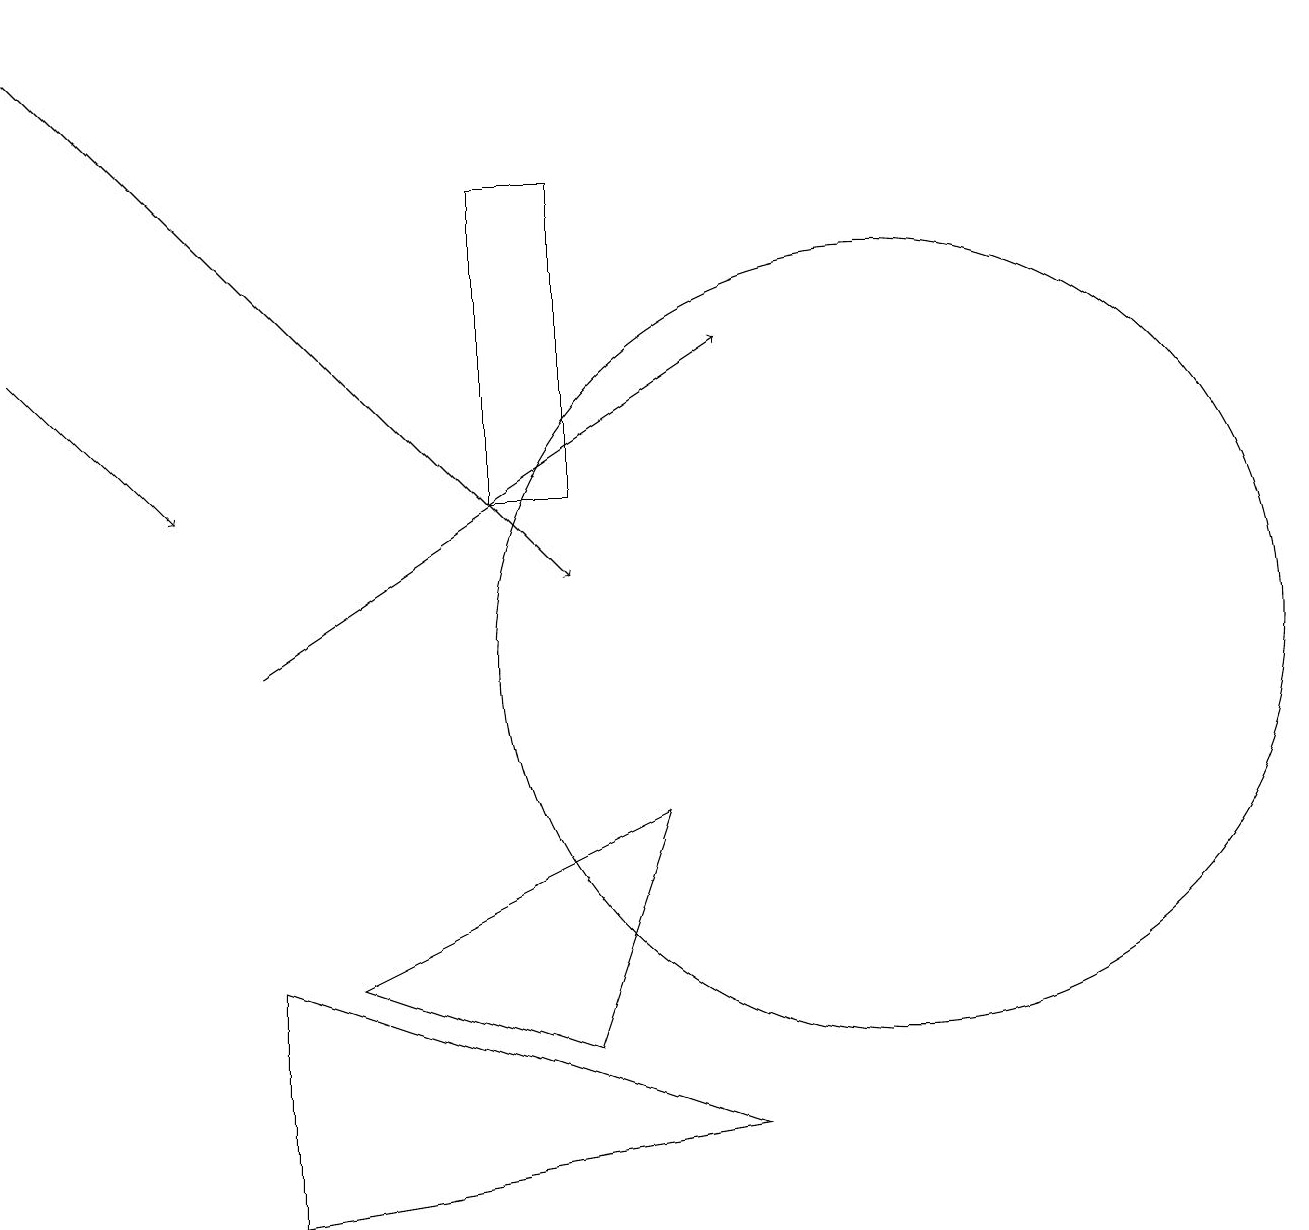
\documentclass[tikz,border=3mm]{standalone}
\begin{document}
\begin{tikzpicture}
\draw (3,4) -- (3,7) -- (9,5) -- cycle;
\draw[->] (0,15) -- (2,13);
\draw[->] (3,11) -- (9,15);
\draw (11,11) circle (5);
\draw (6,17) rectangle (7,13);
\draw[->] (0,19) -- (7,12);
\draw (5,19) rectangle (5,19);
\draw (8,9) -- (7,6) -- (4,7) -- cycle;
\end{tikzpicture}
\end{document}